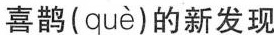
喜鹊( què )的新发现